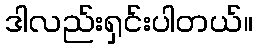
ဒါလည်းရှင်းပါတယ်။